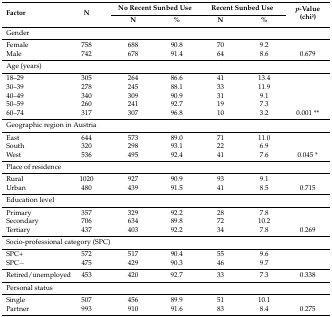
| <ROWSPAN=2> Factor | <ROWSPAN=2> N | <COLSPAN=2> No Recent Sunbed Use | <COLSPAN=2> Recent Sunbed Use | <ROWSPAN=2> p-Value (chi2) |
 | N | % | N | % |
 | --- | --- | --- | --- | --- | --- | --- |
 | Gender |  |  |  |  |  |  |
 | Female | 758 | 688 | 90.8 | 70 | 9.2 |  |
 | Male | 742 | 678 | 91.4 | 64 | 8.6 | 0.679 |
 | Age (years) |  |  |  |  |  |  |
 | 18–29 | 305 | 264 | 86.6 | 41 | 13.4 |  |
 | 30–39 | 278 | 245 | 88.1 | 33 | 11.9 |  |
 | 40–49 | 340 | 309 | 90.9 | 31 | 9.1 |  |
 | 50–59 | 260 | 241 | 92.7 | 19 | 7.3 |  |
 | 60–74 | 317 | 307 | 96.8 | 10 | 3.2 | 0.001 ** |
 | <COLSPAN=3> Geographic region in Austria |  |  |  |  |
 | East | 644 | 573 | 89.0 | 71 | 11.0 |  |
 | South | 320 | 298 | 93.1 | 22 | 6.9 |  |
 | West | 536 | 495 | 92.4 | 41 | 7.6 | 0.045 * |
 | <COLSPAN=3> Place of residence |  |  |  |  |
 | Rural | 1020 | 927 | 90.9 | 93 | 9.1 |  |
 | Urban | 480 | 439 | 91.5 | 41 | 8.5 | 0.715 |
 | Education level |  |  |  |  |  |  |
 | Primary | 357 | 329 | 92.2 | 28 | 7.8 |  |
 | Secondary | 706 | 634 | 89.8 | 72 | 10.2 |  |
 | Tertiary | 437 | 403 | 92.2 | 34 | 7.8 | 0.269 |
 | <COLSPAN=4> Socio-professional category (SPC) |  |  |  |
 | SPC+ | 572 | 517 | 90.4 | 55 | 9.6 |  |
 | SPC− | 475 | 429 | 90.3 | 46 | 9.7 |  |
 | Retired/unemployed | 453 | 420 | 92.7 | 33 | 7.3 | 0.338 |
 | Personal status |  |  |  |  |  |  |
 | Single | 507 | 456 | 89.9 | 51 | 10.1 |  |
 | Partner | 993 | 910 | 91.6 | 83 | 8.4 | 0.275 |